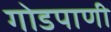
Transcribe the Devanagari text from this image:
गोडपाणी